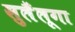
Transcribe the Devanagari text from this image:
सुलैंलूगा